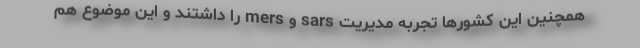
همچنین این کشورها تجربه مدیریت sars و mers را داشتند و این موضوع هم